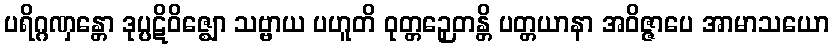
ပရိဂ္ဂဏှန္တော ဒုပ္ပဋိဝိဇ္ဈော သဗ္ဗာယ ပဟူတိ ဝုတ္တဉှေတန္တိ ပတ္တယာနာ အဝိဇ္ဇာပေ အာမာသယော